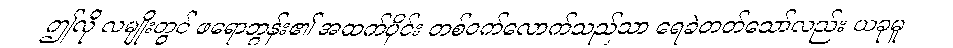
ဤလို လမျိုးတွင် ဖရောဘွန်း၏ အထက်ပိုင်း တစ်ဝက်လောက်သည်သာ ရေခဲတတ်သော်လည်း ယခုမူ